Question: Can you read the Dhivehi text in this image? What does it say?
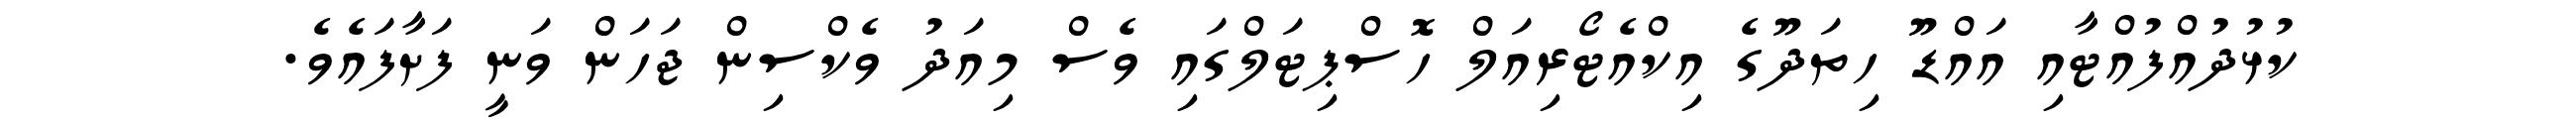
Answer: ކުޅުދުއްފުއްޓާއި އައްޑޫ ހިތަދޫގެ އިކްއެޓޯރިއަލް ހޮސްޕިޓަލްގައި ވެސް މިއަދު ވެކްސިން ޖަހަން ވަނީ ފަށާފައެވެ.